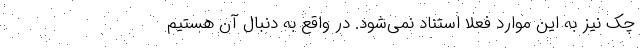
چک نیز به این موارد فعلاً استناد نمی‌شود. در واقع به دنبال آن هستیم